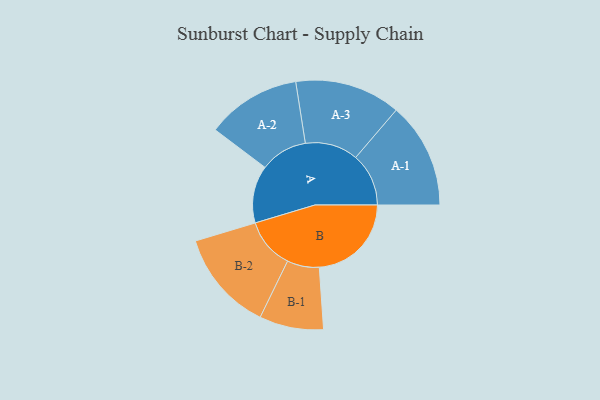
{"axis": {"x": "Segment", "y": "Value"}, "legend": ["", "A", "B"], "data": [{"x": "A", "y": 292, "type": ""}, {"x": "B", "y": 468, "type": ""}, {"x": "A-1", "y": 269, "type": "A"}, {"x": "A-2", "y": 240, "type": "A"}, {"x": "A-3", "y": 269, "type": "A"}, {"x": "B-1", "y": 163, "type": "B"}, {"x": "B-2", "y": 257, "type": "B"}]}